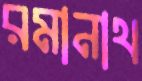
রমানাথ